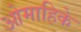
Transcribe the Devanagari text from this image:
ओमाहिके